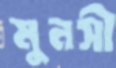
মুনসী